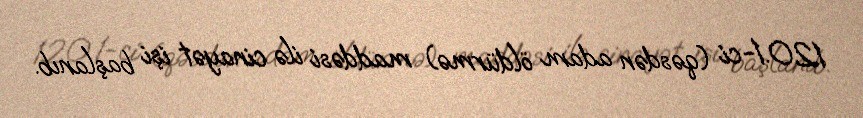
120.1-ci (qəsdən adam öldürmə) maddəsi ilə cinayət işi başlanıb.